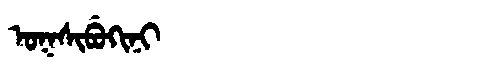
Manchu: ᠣᡴᠰᡳᠪᡠᡴᡳᠨᡳ
Romanization: OKSIBUKINI